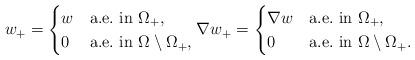
LaTeX: \begin{align*}w_+=\begin{cases} w&\mbox{a.e.~in }\Omega_+,\\ 0&\mbox{a.e.~in }\Omega\setminus \Omega_+, \end{cases}\nabla w_+=\begin{cases} \nabla w&\mbox{a.e.~in }\Omega_+,\\ 0&\mbox{a.e.~in }\Omega\setminus \Omega_+. \end{cases}\end{align*}